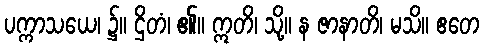
ပက္ကာသယေ၊ ၌။ ဌိတံ၊ ၏။ ဣတိ၊ သို့။ န ဇာနာတိ၊ မသိ။ ဧတေ